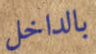
بالداخل